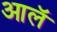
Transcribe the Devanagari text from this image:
आलॅ